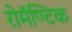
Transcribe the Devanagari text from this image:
रोमॅण्टिक